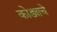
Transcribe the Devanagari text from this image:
कोड्याचे